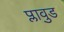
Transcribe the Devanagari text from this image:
प्लावुड